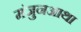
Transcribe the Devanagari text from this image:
मंजुनआथा